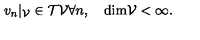
\begin{matrix} { v _ { n } | _ { \cal V } \in { \cal T } { \cal V } \forall n , } & { \quad \mathrm { d i m } { \cal V } < \infty . } \\ \end{matrix}